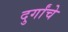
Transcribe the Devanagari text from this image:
दुर्गांचे